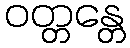
ဝတ္တန္တေ